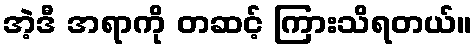
အဲ့ဒီ အရာကို တဆင့် ကြားသိရတယ်။